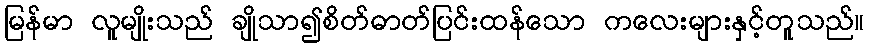
မြန်မာ လူမျိုးသည် ချိုသာ၍စိတ်ဓာတ်ပြင်းထန်သော ကလေးများနှင့်တူသည်။